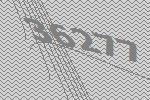
36277